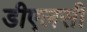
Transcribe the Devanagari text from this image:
डीएलसी